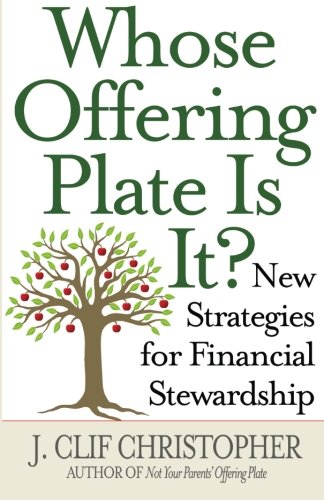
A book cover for Whose Offering Plate Is It?: New Strategies for Financial Stewardship; J. Clif Christopher; Christian Books & Bibles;